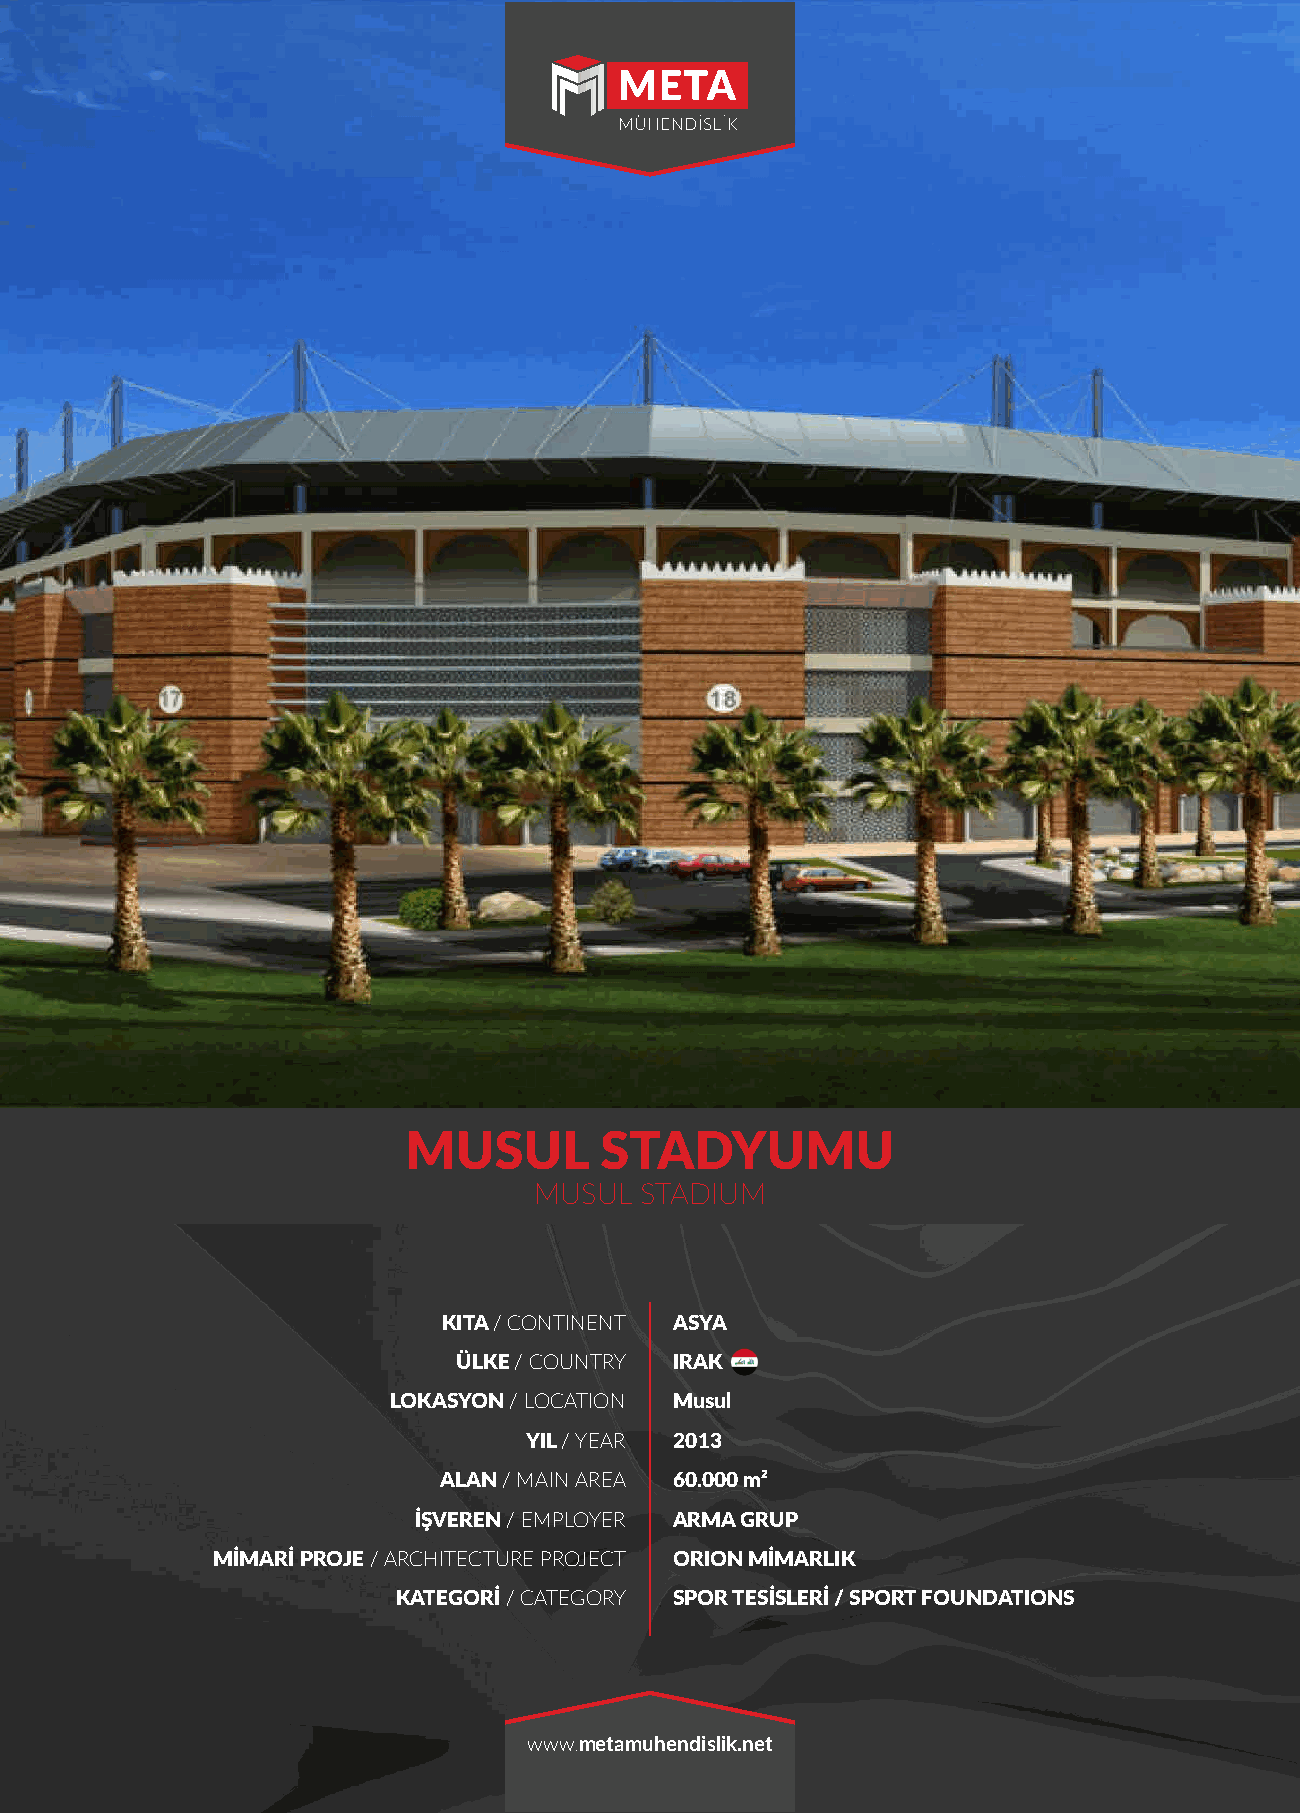
MUSUL        STADYUMU
 MUSUL  STADIUM
 KITA / CONTINENT ASYA
 ÜLKE / COUNTRY IRAK
 LOKASYON / LOCATION Musul
 YIL / YEAR 2013
 ALAN / MAIN AREA 60.000 m²
 İŞVEREN / EMPLOYER ARMA GRUP
 MİMARİ PROJE / ARCHITECTURE PROJECT ORION MİMARLIK
 KATEGORİ / CATEGORY SPOR TESİSLERİ / SPORT FOUNDATIONS
 www.metamuhendislik.net